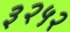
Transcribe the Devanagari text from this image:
३२५२